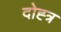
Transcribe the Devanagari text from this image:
दोह्त्र